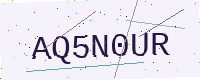
Text: AQ5N0UR